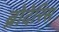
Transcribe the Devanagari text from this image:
ब्रोदेरिस